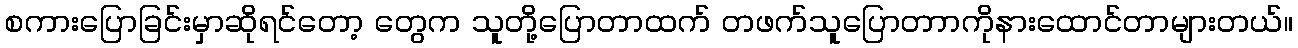
စကားပြောခြင်းမှာဆိုရင်တော့ တွေက သူတို့ပြောတာထက် တဖက်သူပြောတာာကိုနားထောင်တာများတယ်။